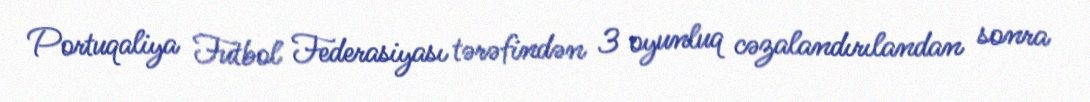
Portuqaliya Futbol Federasiyası tərəfindən 3 oyunluq cəzalandırılandan sonra